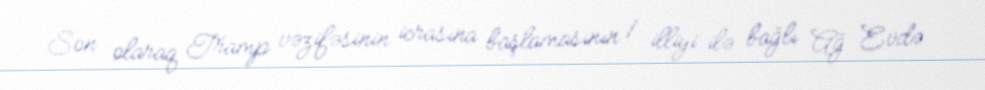
Son olaraq Tramp vəzifəsinin icrasına başlamasının 1 illiyi ilə bağlı Ağ Evdə